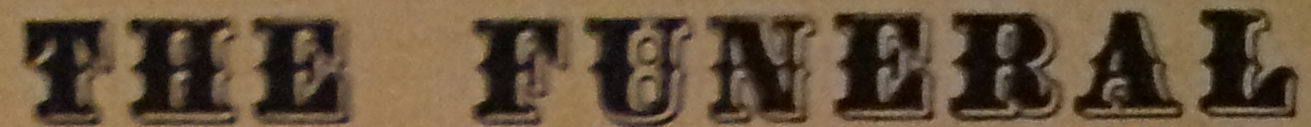
THE FUNERAL